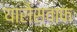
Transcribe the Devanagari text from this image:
यारोस्वाफ